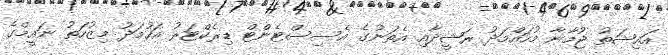
އައިޝަތު ޖުމާނާ މުހައްމަދު ރަޝީދާއި އެތަނުގެ އެސިސްޓެންޓް ޑިރެކްޓަރު އަހުމަދު މިޒުހަތު ނައީމްގެ